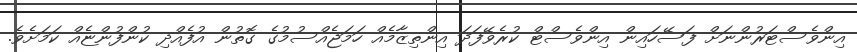
އިންވެސްޓަރުންނަށް ފަސޭހައިން އިންވެސްޓް ކުރެވޭފަދަ އިންތިޒާމެއް ހަމަޖެއްސުމުގެ ގޮތުން އުފެއްދި ކުންފުންޏެއް ކަމަށެވެ.